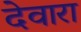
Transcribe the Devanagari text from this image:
देवारा